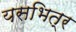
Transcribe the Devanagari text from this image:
यसभित्र